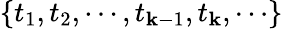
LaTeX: \{ t_{1},t_{2},\cdots,t_{\mathbf{k}-1},t_{\mathbf{k}},\cdots\}